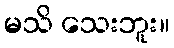
မသိ သေးဘူး။